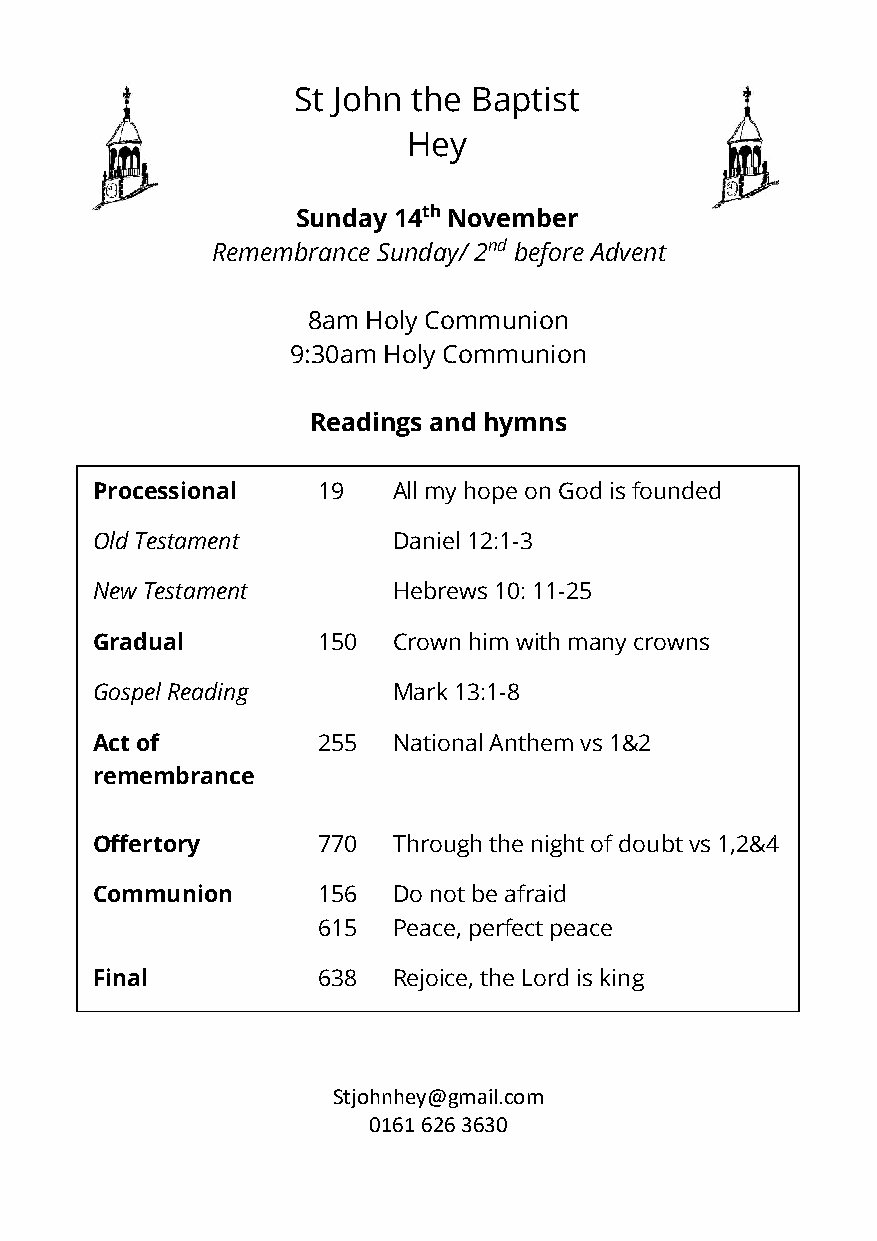
St John the Baptist
 Hey
 Sunday 14th November
 Remembrance Sunday/ 2nd before Advent
 8am Holy Communion
 9:30am Holy Communion
 Readings and hymns
 Processional   19   All my hope on God is founded
 Old Testament       Daniel 12:1-3
 New Testament       Hebrews 10: 11-25
 Gradual        150  Crown him with many crowns
 Gospel Reading      Mark 13:1-8
 Act of         255  National Anthem vs 1&2
 remembrance
 Offertory      770  Through the night of doubt vs 1,2&4
 Communion      156  Do not be afraid
 615  Peace, perfect peace
 Final          638  Rejoice, the Lord is king
 Stjohnhey@gmail.com
 0161 626 3630